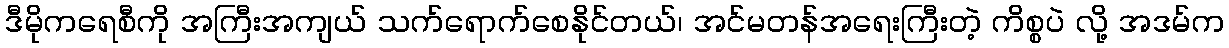
ဒီမိုကရေစီကို အကြီးအကျယ် သက်ရောက်စေနိုင်တယ်၊ အင်မတန်အရေးကြီးတဲ့ ကိစ္စပဲ လို့ အဒမ်က